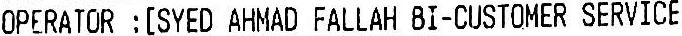
OPERATOR : [SYED AHMAD FALLAH BI-CUSTOMER SERVICE